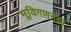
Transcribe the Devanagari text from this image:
भूविगणनया